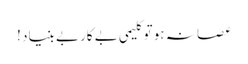
عصا نہ ہو تو کلیمی بے کار بے بنیاد !